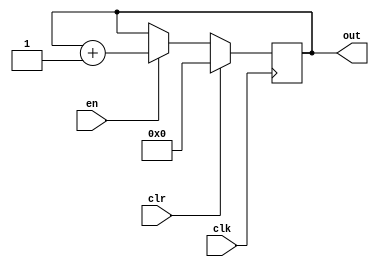
`timescale 1ns / 1ps

// 4-bit counter

module counter(
	clk,
	clr,
	en,
	out
    );
	
	input clk, clr, en;
	output [3:0] out;
	
	reg [3:0] out;
	
	always@(posedge clk) begin
		if (clr) 
			out <= 0;
		else
			if (en)
				out <= out + 1;
	end

endmodule